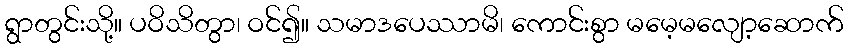
ရွာတွင်းသို့။ ပဝိသိတွာ၊ ဝင်၍။ သမာဒပေဿာမိ၊ ကောင်းစွာ မမေ့မလျော့ဆောက်